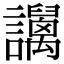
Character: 𧮏